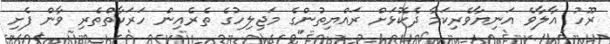
ރޫހު އާލާވެ އަނިޔާވެރިކަމާ ދެކޮޅަށް ރައްޔިތުންގެ މަޖިލިހުގެ ތެރެއިން ހަރަކާތްތެރި ވާން ފެށި